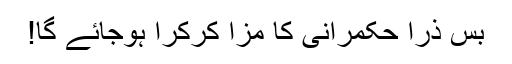
بس ذرا حکمرانی کا مزا کرکرا ہوجائے گا!